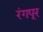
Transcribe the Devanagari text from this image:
रंगपूर